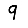
Digit: 9